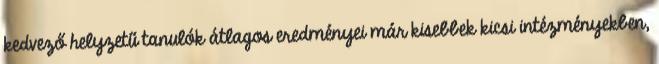
kedvező helyzetű tanulók átlagos eredményei már kisebbek kicsi intézményekben,